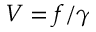
V = f / \gamma